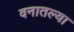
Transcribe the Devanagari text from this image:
वनातल्या